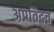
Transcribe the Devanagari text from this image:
अप्रतिदत्त